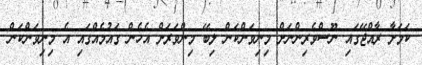
ކަމަށާ ރާއްޖޭގައި ނޫސްވެރިންނަށް މިނިވަންކަން ލިބޭ މިންވަރަށް އެހެން ގައުމެއްގައި އެ މިނިވަންކަން